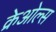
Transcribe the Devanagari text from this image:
क्रेओल्स